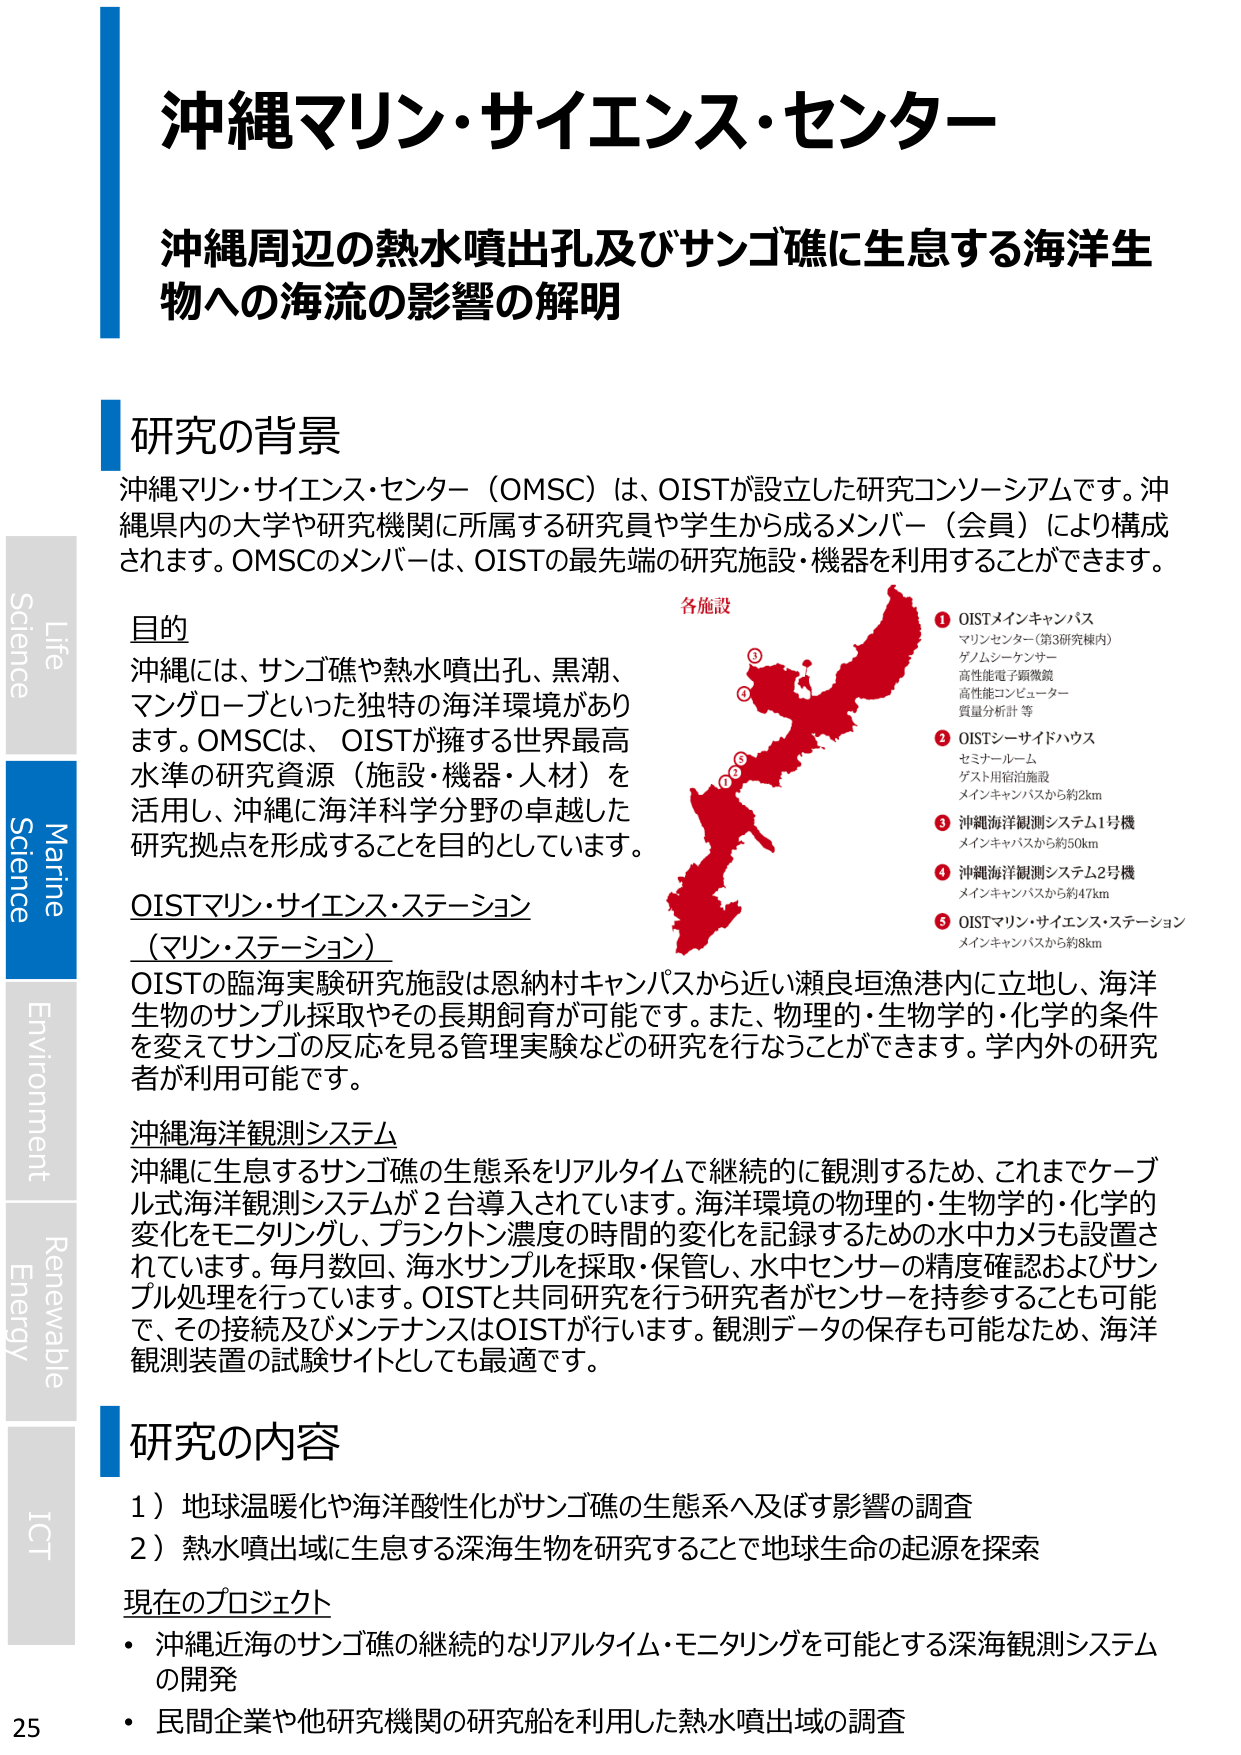
沖縄マリン・サイエンス・センター
沖縄周辺の熱水噴出孔及びサンゴ礁に生息する海洋生物への海流の影響の解明

研究の背景
沖縄マリン・サイエンス・センター（OMSC）は、OISTが設立した研究コンソーシアムです。沖縄県内の大学や研究機関に所属する研究員や学生から成るメンバー（会員）により構成されます。OMSCのメンバーは、OISTの最先端の研究施設・機器を利用することができます。

目的
沖縄には、サンゴ礁や熱水噴出孔、黒潮、マングローブといった独特の海洋環境があります。OMSCは、OISTが擁する世界最高水準の研究資源（施設・機器・人材）を活用し、沖縄に海洋科学分野の卓越した研究拠点を形成することを目的としています。

OISTマリン・サイエンス・ステーション
（マリン・ステーション）
OISTの臨海実験研究施設は恩納村キャンパスから近い瀬良垣漁港内に立地し、海洋生物のサンプル採取やその長期飼育が可能です。また、物理的・生物学的・化学的条件を変えてサンゴの反応を見る管理実験などの研究を行うことができます。学内外の研究者が利用可能です。

沖縄海洋観測システム
沖縄に生息するサンゴ礁の生態系をリアルタイムで継続的に観測するため、これまでケーブル式海洋観測システムが2台導入されています。海洋環境の物理的・生物学的・化学的変化をモニタリングし、プランクトン濃度の時間的変化を記録するための水中カメラも設置されています。毎月数回、海水サンプルを採取・保管し、水中センサーの精度確認およびサンプル処理を行っています。OISTと共同研究を行う研究者がセンサーを持参することも可能で、その接続及びメンテナンスはOISTが行います。観測データの保存も可能なため、海洋観測装置の試験サイトとしても最適です。

研究の内容
1）地球温暖化や海洋酸性化がサンゴ礁の生態系へ及ぼす影響の調査
2）熱水噴出域に生息する深海生物を研究することで地球生命の起源を探索

現在のプロジェクト
・沖縄近海のサンゴ礁の継続的なリアルタイム・モニタリングを可能とする深海観測システムの開発
・民間企業や他研究機関の研究船を利用した熱水噴出域の調査

各施設
① OISTメインキャンパス
　マリンセンター（第3研究棟内）
　ゲノムシーケンサー
　高性能電子顕微鏡
　高性能コンピューター
　質量分析計 等
② OISTシーサイドハウス
　セミナールーム
　ゲスト用宿泊施設
　メインキャンパスから約2km
③ 沖縄海洋観測システム1号機
　メインキャンパスから約50km
④ 沖縄海洋観測システム2号機
　メインキャンパスから約47km
⑤ OISTマリン・サイエンス・ステーション
　メインキャンパスから約8km

Life
Science
Marine
Science
Environment
Renewable
Energy
ICT
25